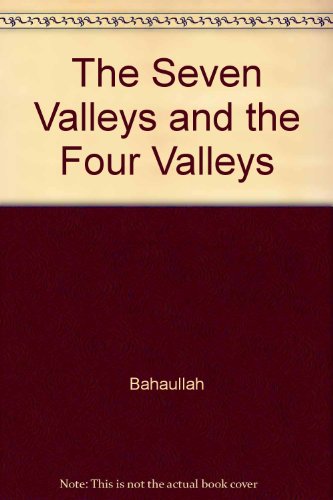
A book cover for The Seven Valleys And The Four Valleys.; Bahaullah; Religion & Spirituality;